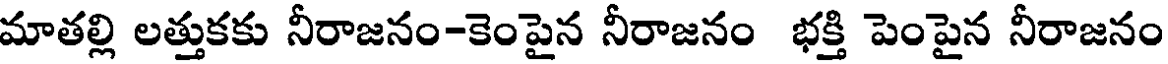
మాతల్లి లత్తుకకు నీరాజనం-కెంపైన నీరాజనం భక్తి పెంపైన నీరాజనం